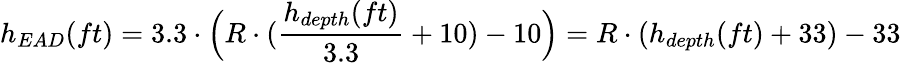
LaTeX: h_{EAD}(ft)=3.3\cdot{\Bigl(}R\cdot({\frac{h_{depth}(ft)}{3.3}}+10)-10{\Bigr)}=R\cdot(h_{depth}(ft)+33)-33